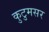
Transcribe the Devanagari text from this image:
कुटुमसर